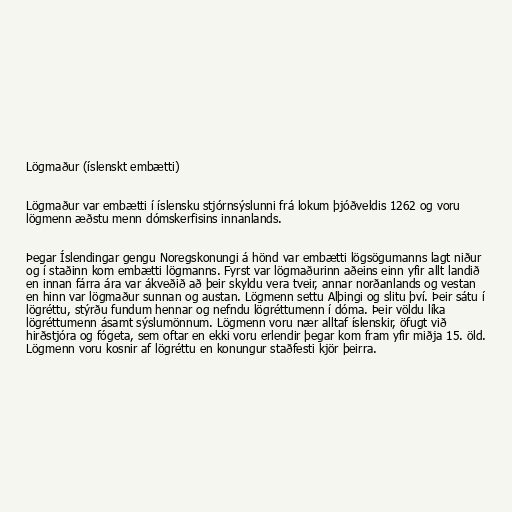
Lögmaður (íslenskt embætti)

Lögmaður var embætti í íslensku stjórnsýslunni frá lokum þjóðveldis 1262 og voru
lögmenn æðstu menn dómskerfisins innanlands.

Þegar Íslendingar gengu Noregskonungi á hönd var embætti lögsögumanns lagt niður
og í staðinn kom embætti lögmanns. Fyrst var lögmaðurinn aðeins einn yfir allt landið
en innan fárra ára var ákveðið að þeir skyldu vera tveir, annar norðanlands og vestan
en hinn var lögmaður sunnan og austan. Lögmenn settu Alþingi og slitu því. Þeir sátu í
lögréttu, stýrðu fundum hennar og nefndu lögréttumenn í dóma. Þeir völdu líka
lögréttumenn ásamt sýslumönnum. Lögmenn voru nær alltaf íslenskir, öfugt við
hirðstjóra og fógeta, sem oftar en ekki voru erlendir þegar kom fram yfir miðja 15. öld.
Lögmenn voru kosnir af lögréttu en konungur staðfesti kjör þeirra.